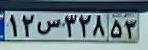
۱۲س۳۲۸۵۳